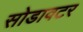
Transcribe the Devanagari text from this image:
सोडावटर